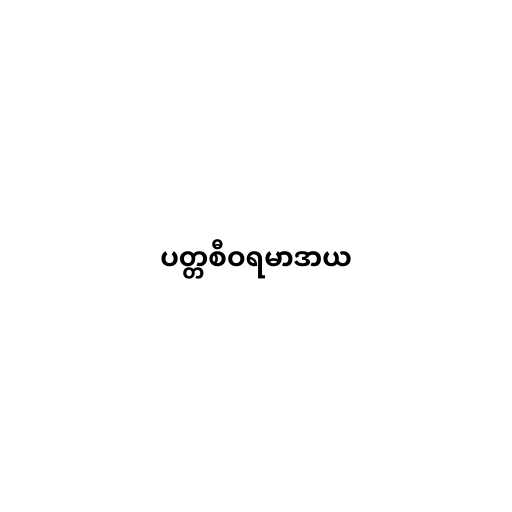
ပတ္တစီဝရမာဒာယ